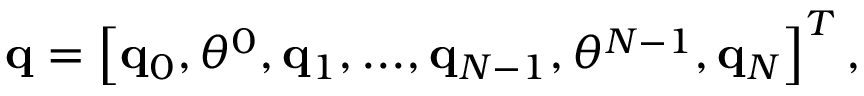
\mathbf q = \left[ \mathbf q _ { 0 } , \theta ^ { 0 } , \mathbf q _ { 1 } , . . . , \mathbf q _ { N - 1 } , \theta ^ { N - 1 } , \mathbf q _ { N } \right] ^ { T } ,